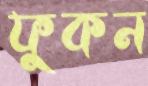
ফুকন